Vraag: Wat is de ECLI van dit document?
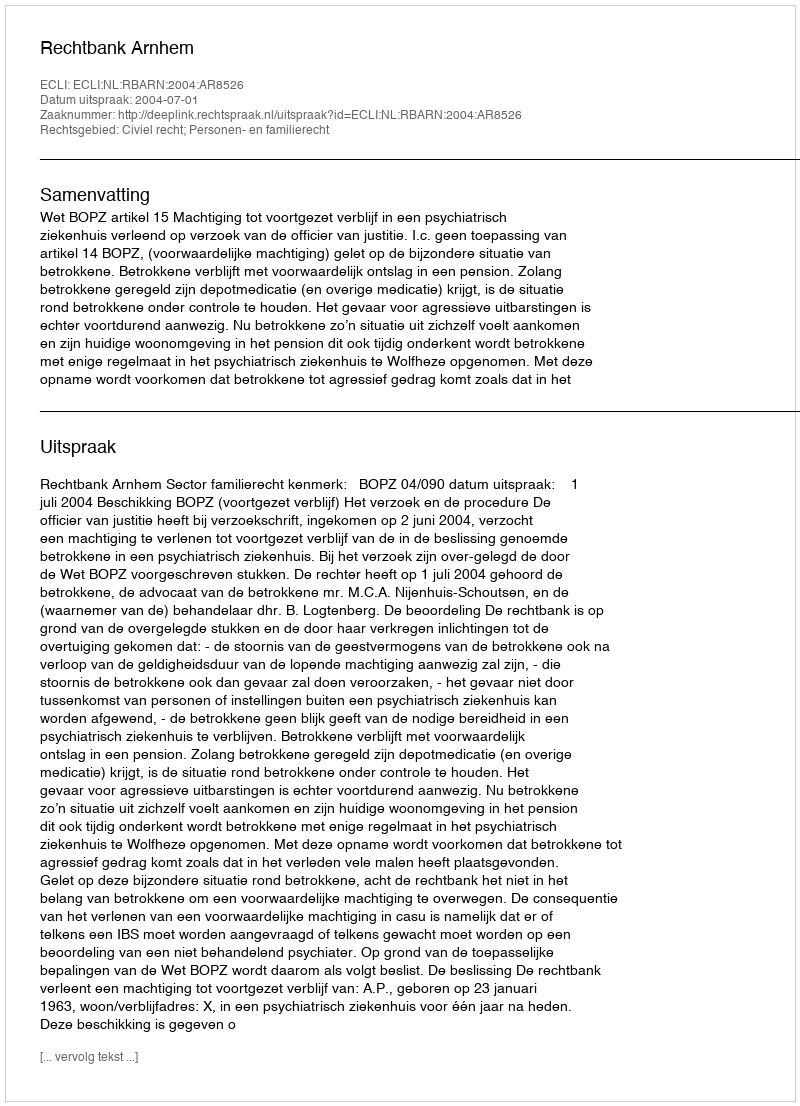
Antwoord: ECLI:NL:RBARN:2004:AR8526